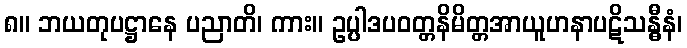
၈။ ဘယတုပဋ္ဌာနေ ပညာတိ၊ ကား။ ဥပ္ပါဒပဝတ္တနိမိတ္တအာယူဟနာပဋိသန္ဓီနံ၊